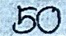
50